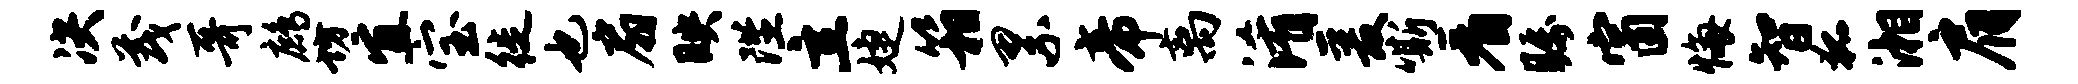
决茂哥鹧坊宜宝徙也扇映陛立婕箱累帝离淆爰嘶看瞩窗悔智狐湘肩